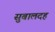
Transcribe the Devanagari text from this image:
सुबालदह